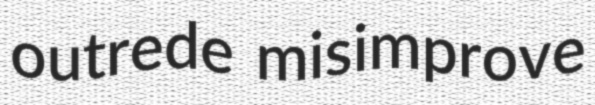
outrede misimprove